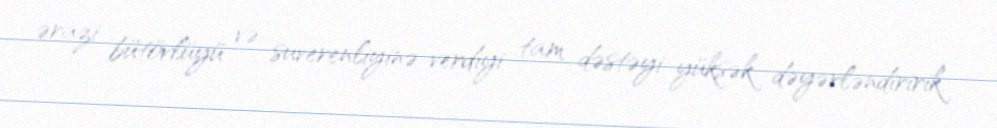
ərazi bütövlüyü və suverenliyinə verdiyi tam dəstəyi yüksək dəyərləndiririk.